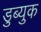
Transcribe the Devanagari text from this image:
डुब्युक